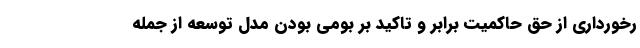
رخورداری از حق حاکمیت برابر و تاکید بر بومی بودن مدل توسعه از جمله